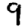
Digit: 9